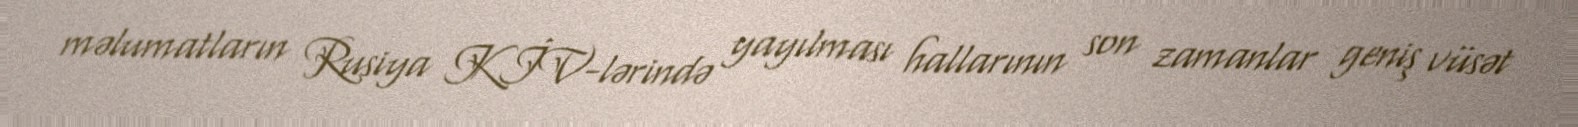
məlumatların Rusiya KİV-lərində yayılması hallarının son zamanlar geniş vüsət